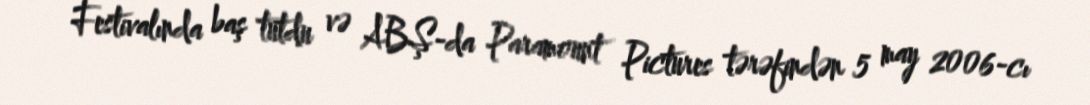
Festivalında baş tutdu və ABŞ-da Paramount Pictures tərəfindən 5 may 2006-cı